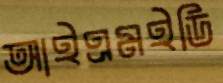
আইএমইডি